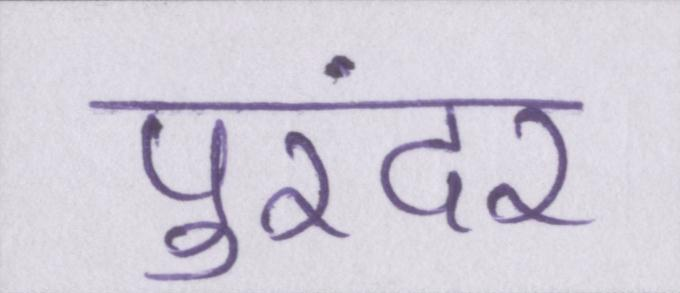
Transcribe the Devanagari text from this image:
पुरंदर